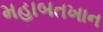
મહાબતખાન